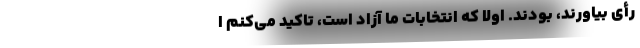
رأی بیاورند، بودند. اولاً که انتخابات ما آزاد است، تاکید می‌کنم ا